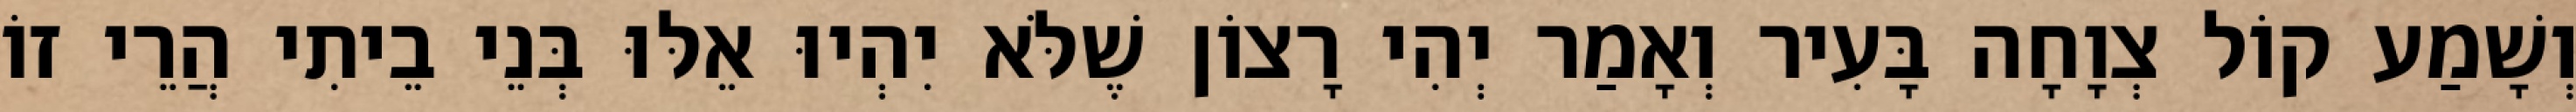
וְשָׁמַע קוֹל צְוָחָה בָּעִיר וְאָמַר יְהִי רָצוֹן שֶׁלֹּא יִהְיוּ אֵלּוּ בְּנֵי בֵיתִי הֲרֵי זוֹ